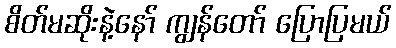
စိတ်မဆိုးနဲ့နော် ကျွန်တော် ပြောပြမယ်